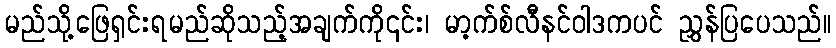
မည်သို့ဖြေရှင်းရမည်ဆိုသည့်အချက်ကို၎င်း၊ မာ့က်စ်လီနင်ဝါဒကပင် ညွှန်ပြပေသည်။